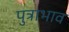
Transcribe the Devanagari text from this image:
पुत्राभाव